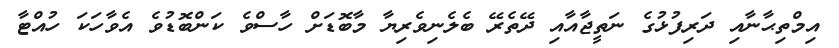
އިމްތިޙާނާއި ދަރިފުޅުގެ ނަތީޖާއާއި ދޭތެރޭ ބެލެނިވެރިޔާ މާބޮޑަށް ހާސްވެ ކަންބޮޑުވެ އެވާހަކަ ހުއްޓާ